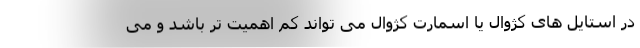
در استایل های کژوال یا اسمارت کژوال می تواند کم اهمیت تر باشد و می